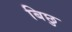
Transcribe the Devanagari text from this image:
बिछु